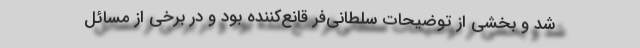
شد و بخشی از توضیحات سلطانی‌فر قانع‌کننده بود و در برخی از مسائل